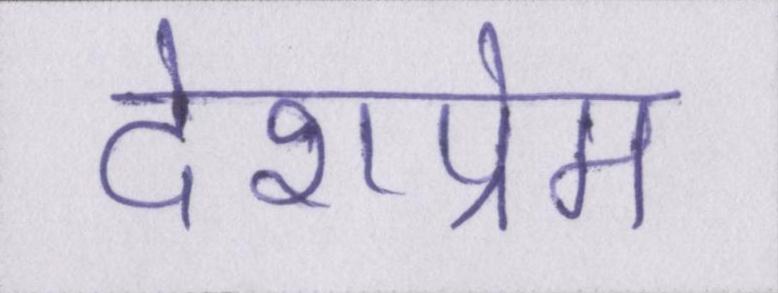
देशप्रेम